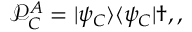
\mathcal { P } _ { C } ^ { A } = \vert \psi _ { C } \rangle \langle \psi _ { C } \vert \dag , ,